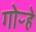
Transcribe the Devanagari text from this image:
गोऱ्हे